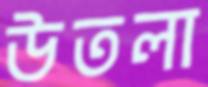
উতলা